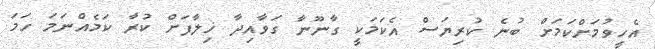
އެހީވުމަށްކަމަށް ބުނެ ކުރިޔަސް އެކަމަކީ ގާނޫނާ ގަވާއިދާ ޚިލާފަށް ކުރާ ކަމެއްނަމަ ހަމަ